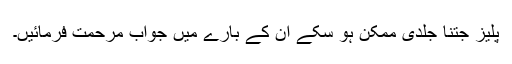
پلیز جتنا جلدی ممکن ہو سکے ان کے بارے میں جواب مرحمت فرمائیں۔